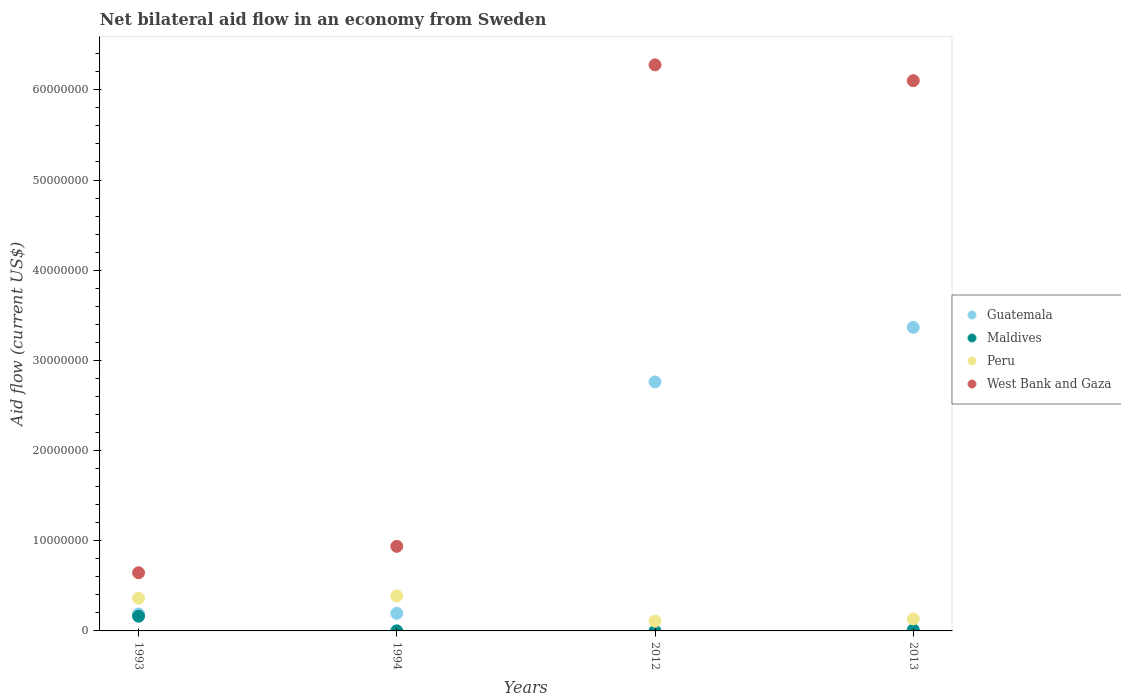
| Years | Guatemala | Maldives | Peru | West Bank and Gaza |
 | --- | --- | --- | --- | --- |
 | 1993 | 1.87e+06 | 1.63e+06 | 3.62e+06 | 6.45e+06 |
 | 1994 | 1.95e+06 | 1e+04 | 3.88e+06 | 9.38e+06 |
 | 2012 | 2.76e+07 | 1e+04 | 1.08e+06 | 6.28e+07 |
 | 2013 | 3.37e+07 | 1.2e+05 | 1.33e+06 | 6.1e+07 |